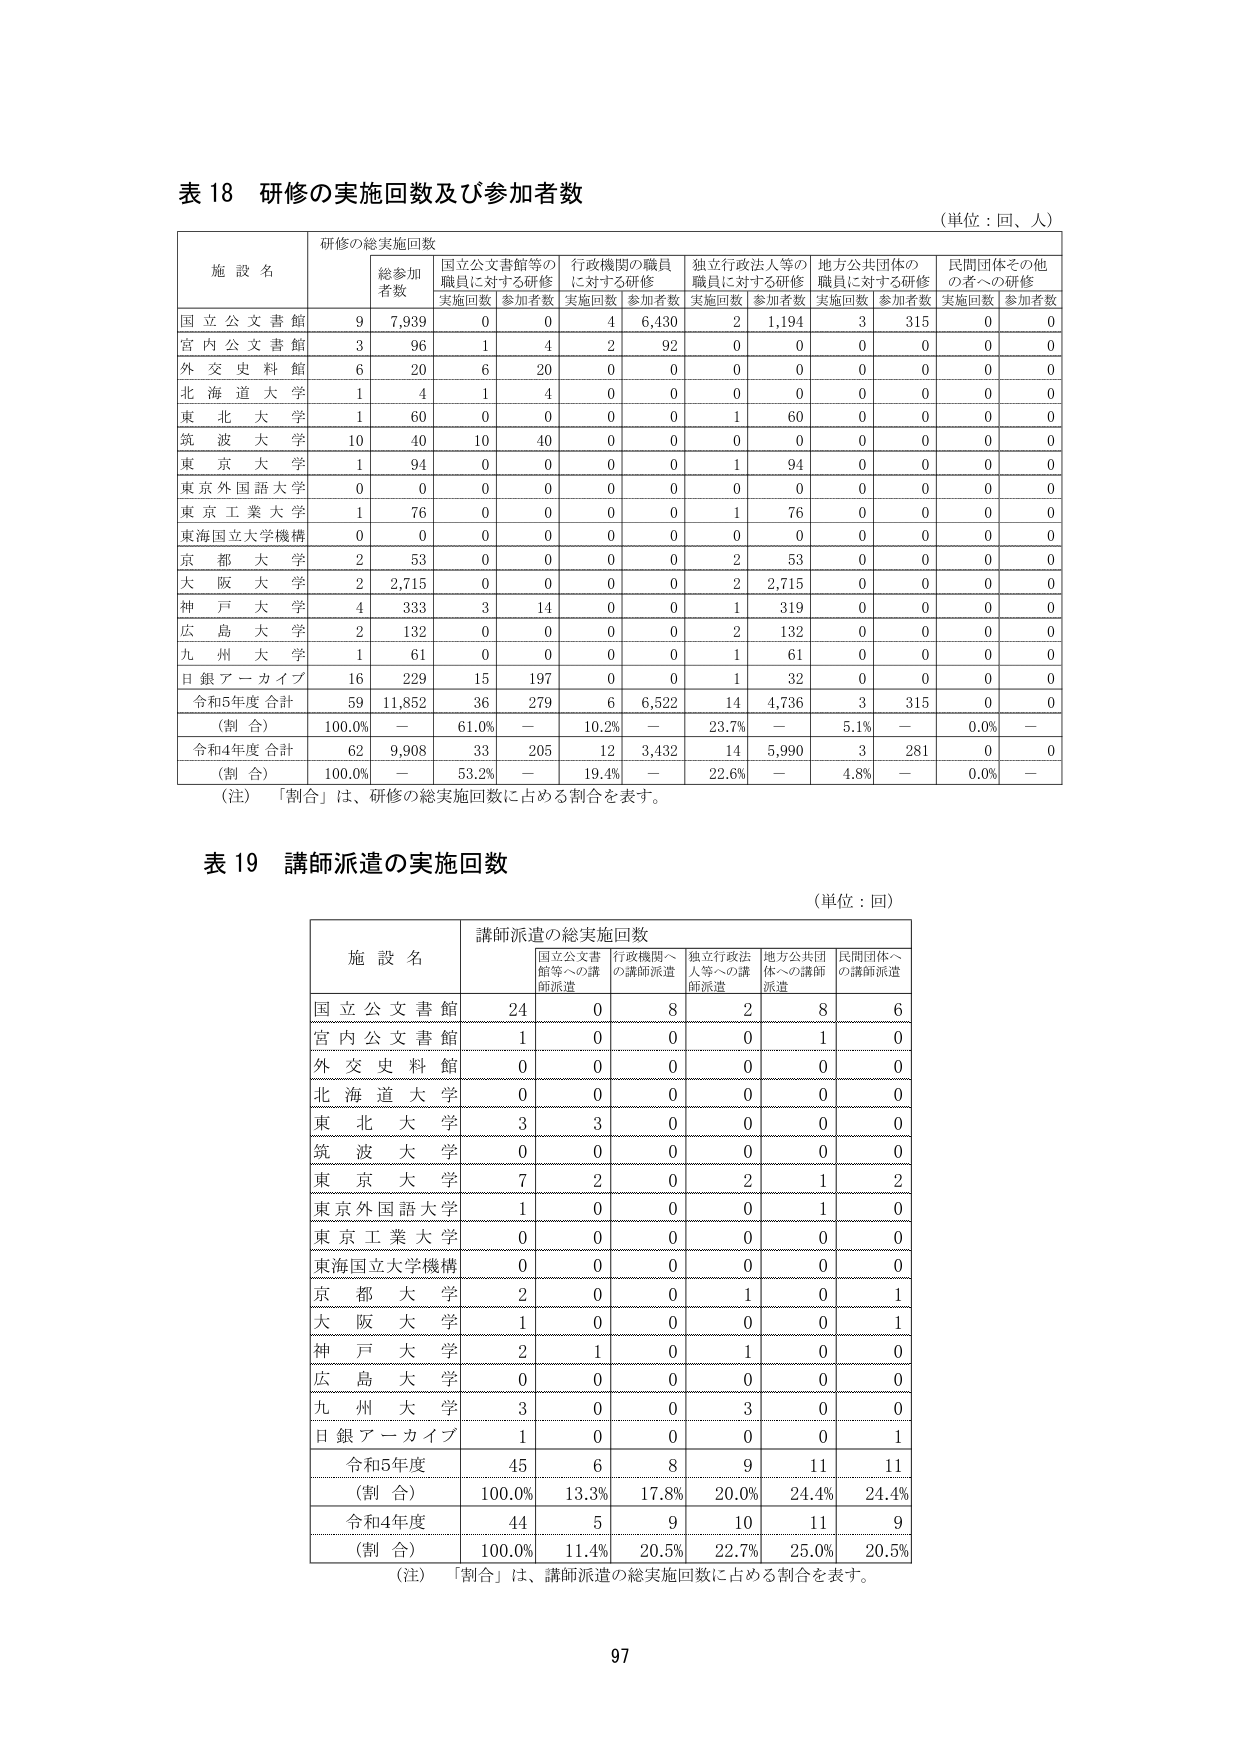
表 18 研修の実施回数及び参加者数
（単位：回、人）

施設名　研修の総実施回数　総参加者数　国立公文書館等の職員に対する研修（実施回数　参加者数）　行政機関の職員に対する研修（実施回数　参加者数）　独立行政法人等の職員に対する研修（実施回数　参加者数）　地方公共団体の職員に対する研修（実施回数　参加者数）　民間団体その他の者への研修（実施回数　参加者数）

国立公文書館　9　7,939　0　0　4　6,430　2　1,194　3　315　0　0
宮内公文書館　3　96　1　4　2　92　0　0　0　0　0　0
外交史料館　6　20　6　20　0　0　0　0　0　0　0　0
北海道大学　1　4　1　4　0　0　0　0　0　0　0　0
東北大学　1　60　0　0　0　0　1　60　0　0　0　0
筑波大学　10　40　10　40　0　0　0　0　0　0　0　0
東京大学　1　94　0　0　0　0　1　94　0　0　0　0
東京外国語大学　0　0　0　0　0　0　0　0　0　0　0　0
東京工業大学　1　76　0　0　0　0　1　76　0　0　0　0
東海国立大学機構　0　0　0　0　0　0　0　0　0　0　0　0
京都大学　2　53　0　0　0　0　2　53　0　0　0　0
大阪大学　2　2,715　0　0　0　0　2　2,715　0　0　0　0
神戸大学　4　333　3　14　0　0　1　319　0　0　0　0
広島大学　2　132　0　0　0　0　2　132　0　0　0　0
九州大学　1　61　0　0　0　0　1　61　0　0　0　0
日銀アーカイブ　16　229　15　197　0　0　1　32　0　0　0　0
令和5年度合計　59　11,852　36　279　6　6,522　14　4,736　3　315　0　0
（割合）　100.0%　ー　61.0%　ー　10.2%　ー　23.7%　ー　5.1%　ー　0.0%　ー
令和4年度合計　62　9,908　33　205　12　3,432　14　5,990　3　281　0　0
（割合）　100.0%　ー　53.2%　ー　19.4%　ー　22.6%　ー　4.8%　ー　0.0%　ー

（注）「割合」は、研修の総実施回数に占める割合を表す。

表 19 講師派遣の実施回数
（単位：回）

施設名　講師派遣の総実施回数　国立公文書館等への講師派遣　行政機関への講師派遣　独立行政法人等への講師派遣　地方公共団体への講師派遣　民間団体への講師派遣

国立公文書館　24　0　8　2　8　6
宮内公文書館　1　0　0　0　1　0
外交史料館　0　0　0　0　0　0
北海道大学　0　0　0　0　0　0
東北大学　3　3　0　0　0　0
筑波大学　0　0　0　0　0　0
東京大学　7　2　0　2　1　2
東京外国語大学　1　0　0　0　1　0
東京工業大学　0　0　0　0　0　0
東海国立大学機構　0　0　0　0　0　0
京都大学　2　0　0　1　0　1
大阪大学　1　0　0　0　0　1
神戸大学　2　1　0　1　0　0
広島大学　0　0　0　0　0　0
九州大学　3　0　0　3　0　0
日銀アーカイブ　1　0　0　0　0　1
令和5年度　45　6　8　9　11　11
（割合）　100.0%　13.3%　17.8%　20.0%　24.4%　24.4%
令和4年度　44　5　9　10　11　9
（割合）　100.0%　11.4%　20.5%　22.7%　25.0%　20.5%

（注）「割合」は、講師派遣の総実施回数に占める割合を表す。

97